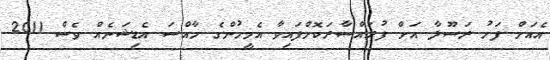
އެއަށް ފަހު ރަސޫލާ އަށް ފުރައްސާރަކޮށްފައިވާ އެމީހުންގެ ހާއްސަ އެޑިޝަނެއް ވެސް 2011